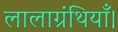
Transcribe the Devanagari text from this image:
लालाग्रंथियाँ।